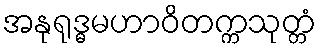
အနုရုဒ္ဓမဟာဝိတက္ကသုတ္တံ